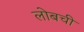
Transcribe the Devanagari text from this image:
लोबची